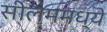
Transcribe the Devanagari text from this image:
सीलममध्ये